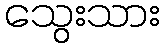
သွေးသား